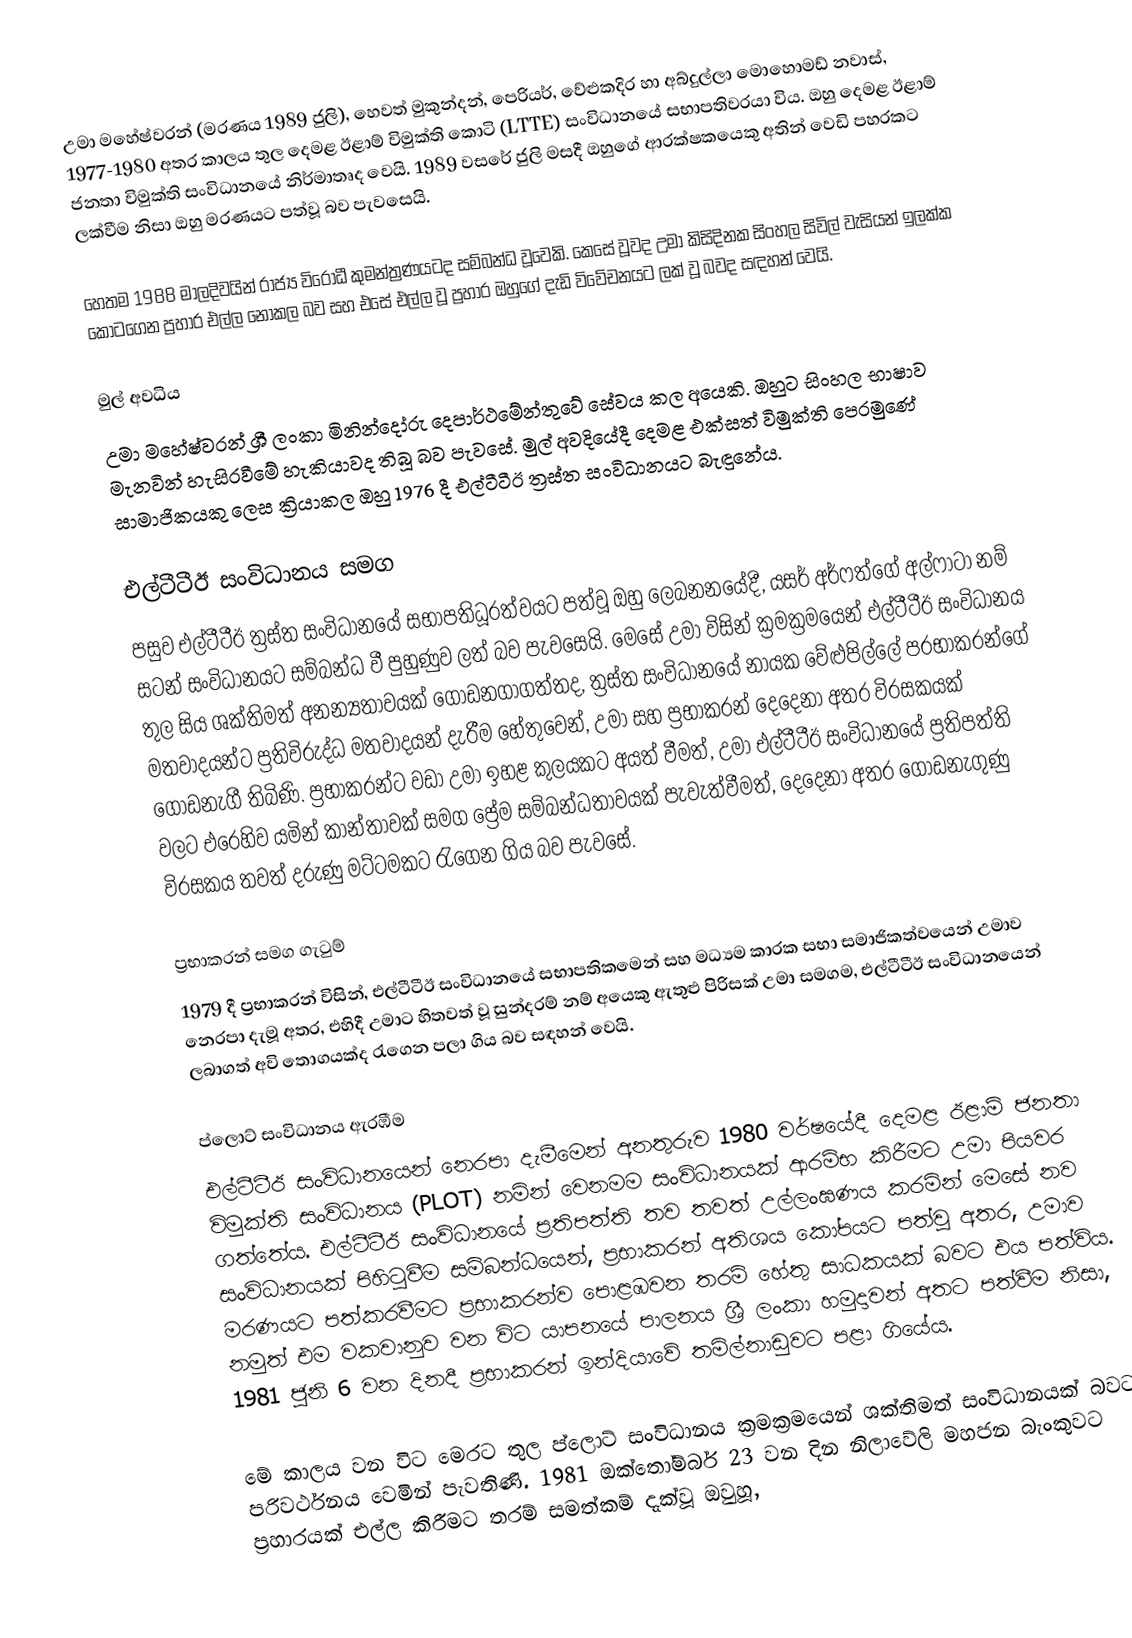
උමා මහේෂ්වරන් (මරණය 1989 ජුලි), හෙවත් මුකුන්දන්, පෙරියර්, වේළුකදිර හා අබ්දුල්ලා මොහොමඩ් නවාස්, 1977-1980 අතර කාලය තුල දෙමළ ඊළාම් විමුක්ති කොටි (LTTE) සංවිධානයේ සභාපතිවරයා විය. ඔහු දෙමළ ඊළාම් ජනතා විමුක්ති සංවිධානයේ නිර්මාතෘද වෙයි. 1989 වසරේ ජුලි මසදී ඔහුගේ ආරක්ෂකයෙකු අතින් වෙඩි පහරකට ලක්වීම නිසා ඔහු මරණයට පත්වූ බව පැවසෙයි.

හෙතම 1988 මාලදිවයින් රාජ්‍ය විරෝධී කුමන්ත්‍රණයටද සම්බන්ධ වූවෙකි. කෙසේ වූවද උමා කිසිදිනක සිංහල සිවිල් වැසියන් ඉලක්ක කොටගෙන ප්‍රහාර එල්ල නොකල බව සහ එසේ එල්ල වූ ප්‍රහාර ඔහුගේ දැඩි විවේචනයට ලක් වූ බවද සඳහන් වෙයි.

මුල් අවධිය
උමා මහේෂ්වරන් ශ්‍රී ලංකා මිනින්දෝරු දෙපාර්ථමේන්තුවේ සේවය කල අයෙකි. ඔහුට සිංහල භාෂාව මැනවින් හැසිරවීමේ හැකියාවද තිබූ බව පැවසේ. මුල් අවදියේදී දෙමළ එක්සත් විමුක්ති පෙරමුණේ සාමාජිකයකු ලෙස ක්‍රියාකල ඔහු 1976 දී එල්ටීටීඊ ත්‍රස්ත සංවිධානයට බැඳුනේය.

එල්ටීටීඊ සංවිධානය සමග
පසුව එල්ටීටීඊ ත්‍රස්ත සංවිධානයේ සභාපතිධූරත්වයට පත්වූ ඔහු ලෙබනනයේදී, යසර් අර්ෆත්ගේ අල්ෆාටා නම් සටන් සංවිධානයට සම්බන්ධ වී පුහුණුව ලත් බව පැවසෙයි. මෙසේ උමා විසින් ක්‍රමක්‍රමයෙන් එල්ටීටීඊ සංවිධානය තුල සිය ශක්තිමත් අනන්‍යතාවයක් ගොඩනගාගත්තද, ත්‍රස්ත සංවිධානයේ නායක වේළුපිල්ලේ ප‍්‍රභාකරන්ගේ මතවාදයන්ට ප්‍රතිවිරුද්ධ මතවාදයන් දැරීම හේතුවෙන්, උමා සහ ප්‍රභාකරන් දෙදෙනා අතර විරසකයක් ගොඩනැගී තිබිණි. ප්‍රභාකරන්ට වඩා උමා ඉහළ කුලයකට අයත් වීමත්, උමා එල්ටීටීඊ සංවිධානයේ ප්‍රතිපත්ති වලට එරෙහිව යමින් කාන්තාවක් සමග ප්‍රේම සම්බන්ධතාවයක් පැවැත්වීමත්, දෙදෙනා අතර ගොඩනැගුණු විරසකය තවත් දරුණු මට්ටමකට රැගෙන ගිය බව පැවසේ.

ප්‍රභාකරන් සමග ගැටුම්
1979 දී ප්‍රභාකරන් විසින්, එල්ටීටීඊ සංවිධානයේ සභාපතිකමෙන් සහ මධ්‍යම කාරක සභා සමාජිකත්වයෙන් උමාව නෙරපා දැමූ අතර, එහිදී උමාට හිතවත් වූ සුන්දරම් නම් අයෙකු ඇතුළු පිරිසක් උමා සමගම, එල්ටීටීඊ සංවිධානයෙන් ලබාගත් අවි තොගයක්ද රැගෙන පලා ගිය බව සඳහන් වෙයි.

ප්ලොට් සංවිධානය ඇරඹීම
එල්ටීටීඊ සංවිධානයෙන් නෙරපා දැමීමෙන් අනතුරුව 1980 වර්ෂයේදී දෙමළ ඊළාම් ජනතා විමුක්ති සංවිධානය (PLOT) නමින් වෙනමම සංවිධානයක් ආරම්භ කිරීමට උමා පියවර ගත්තේය. එල්ටීටීඊ සංවිධානයේ ප්‍රතිපත්ති තව තවත් උල්ලංඝණය කරමින් මෙසේ නව සංවිධානයක් පිහිටුවීම සම්බන්ධයෙන්, ප්‍රභාකරන් අතිශය කෝපයට පත්වූ අතර, උමාව මරණයට පත්කරවීමට ප්‍රභාකරන්ව පොළඹවන තරම් හේතු සාධකයක් බවට එය පත්විය. නමුත් එම වකවානුව වන විට යාපනයේ පාලනය ශ්‍රී ලංකා හමුදාවන් අතට පත්වීම නිසා, 1981 ජුනි 6 වන දිනදී ප්‍රභාකරන් ඉන්දියාවේ තමිල්නාඩුවට පළා ගියේය.

මේ කාලය වන විට මෙරට තුල ප්ලොට් සංවිධානය ක්‍රමක්‍රමයෙන් ශක්තිමත් සංවිධානයක් බවට පරිවර්ථනය වෙමින් පැවතිණි. 1981 ඔක්තෝම්බර් 23 වන දින නිලාවේලි මහජන බැංකුවට ප්‍රහාරයක් එල්ල කිරීමට තරම් සමත්කම් දැක්වූ ඔවුහූ,